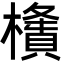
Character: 㯯